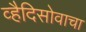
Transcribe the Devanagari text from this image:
व्हैदिसोवाचा